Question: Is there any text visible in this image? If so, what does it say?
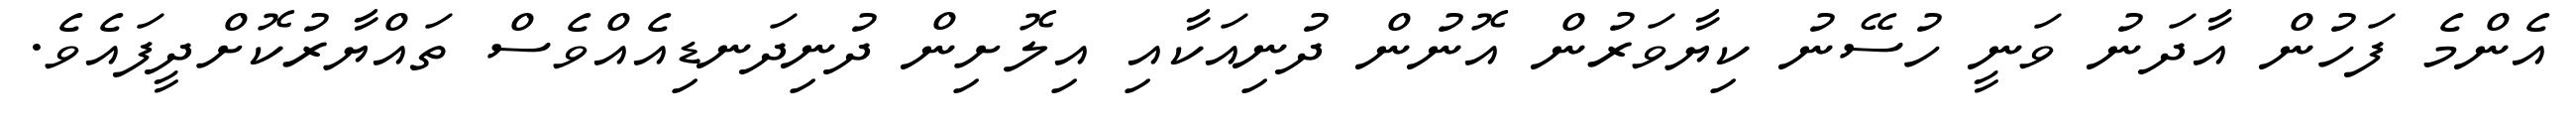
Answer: އެންމެ ފަހުން އާދަނު ވަނީ ހުސޭނު ކިޔާވަރުން އޮނުން ދުނިއަކާއި އިލޮށިން ދުނިދަނޑިއެއްވެސް ތައްޔާރުކޮށްދީފައެވެ.